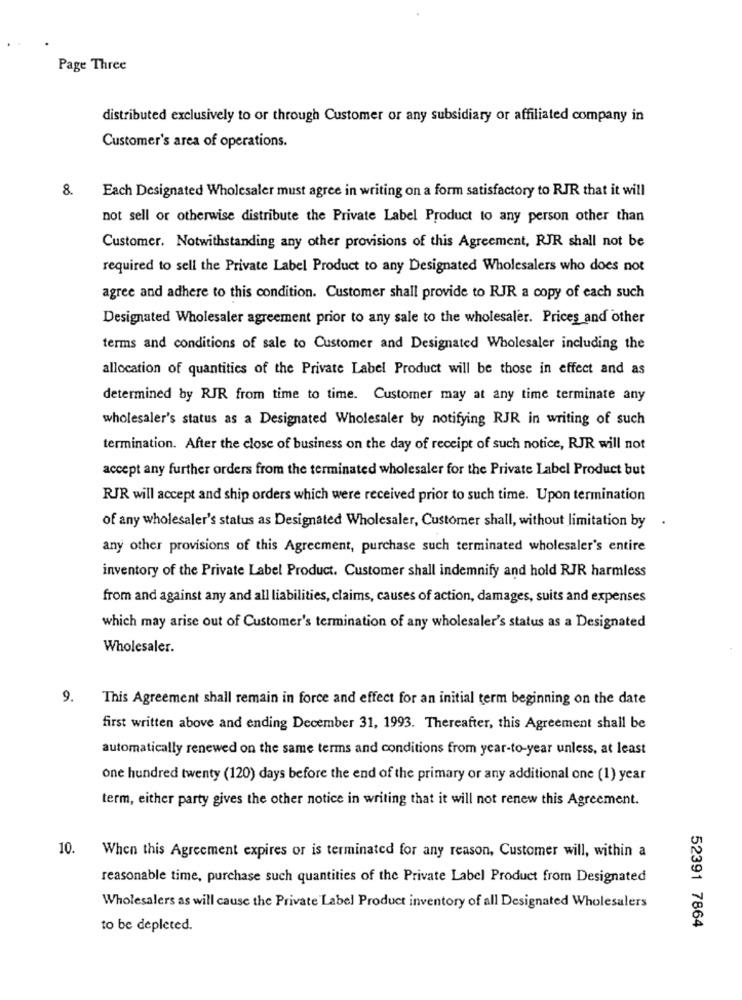
Page Three
distributed exclusively to or through Customer or any subsidiary or affiliated company in
Customer's area of operations.
8.
Each Designated Wholesaler must agree in writing on a form satisfactory to RJR that it will
not sell or otherwise distribute the Private Label Product to any person other than
Customer. Notwithstanding any other provisions of this Agreement, RJR shall not be
required to sell the Private Label Product to any Designated Wholesalers who does not
agree and adhere to this condition. Customer shall provide to RJR a copy of each such
Designated Wholesaler agreement prior to any sale to the wholesaler. Prices and other
terms and conditions of sale to Customer and Designated Wholesaler including the
allocation of quantities of the Private Label Product will be those in effect and as
determined by RJR from time to time. Customer may at any time terminate any
wholesaler's status as a Designated Wholesaler by notifying RJR in writing of such
termination. After the close of business on the day of receipt of such notice, RJR will not
accept any further orders from the terminated wholesaler for the Private Label Product but
RJR will accept and ship orders which were received prior to such time. Upon termination
of any wholesaler's status as Designated Wholesaler, Customer shall, without limitation by .
any other provisions of this Agreement, purchase such terminated wholesaler's entire
inventory of the Private Label Product. Customer shall indemnify and hold RJR harmless
from and against any and all liabilities, claims, causes of action, damages, suits and expenses
which may arise out of Customer's termination of any wholesaler's status as a Designated
Wholesaler.
9.
This Agreement shall remain in force and effect for an initial term beginning on the date
first written above and ending December 31, 1993. Thereafter, this Agreement shall be
automatically renewed on the same terms and conditions from year-to-year unless, at least
one hundred twenty (120) days before the end of the primary or any additional one (1) year
term, either party gives the other notice in writing that it will not renew this Agreement.
10.
When this Agreement expires or is terminated for any reason, Customer will, within a
reasonable time, purchase such quantities of the Private Label Product from Designated
Wholesalers as will cause the Private Label Product inventory of all Designated Wholesalers
to be depleted.
52391 7864